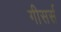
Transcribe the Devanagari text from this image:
गीसर्स